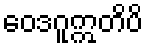
ဝေဒဂူဣတိပိ